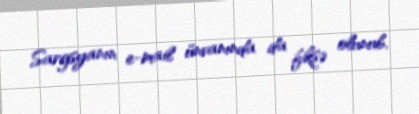
Sargsyanın e-mail ünvanında da fiksə olunub.